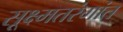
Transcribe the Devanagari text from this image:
सूक्ष्मतरंगांत